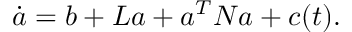
\dot { \boldsymbol { a } } = \boldsymbol { b } + \boldsymbol { L } \boldsymbol { a } + \boldsymbol { a } ^ { T } \boldsymbol { N } \boldsymbol { a } + \boldsymbol { c } ( t ) .